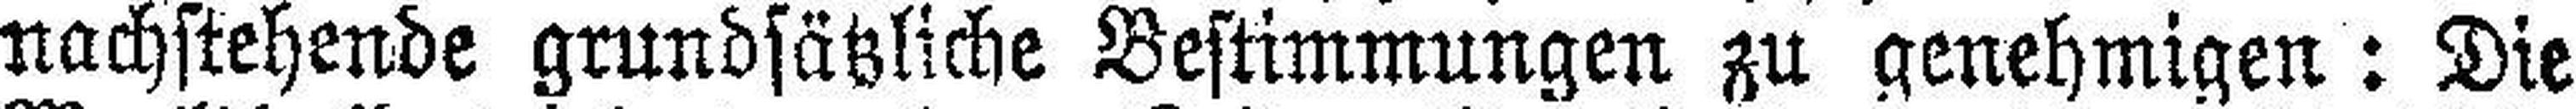
nachstehende grundsätzliche Bestimmungen zu genehmigen: Die